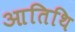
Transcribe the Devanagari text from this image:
आतिथि